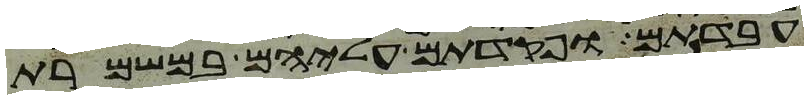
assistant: עבדתם ופקדתם עליהם במשמרת